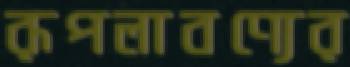
রূপলাবণ্যের